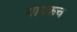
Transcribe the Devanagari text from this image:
गायकच